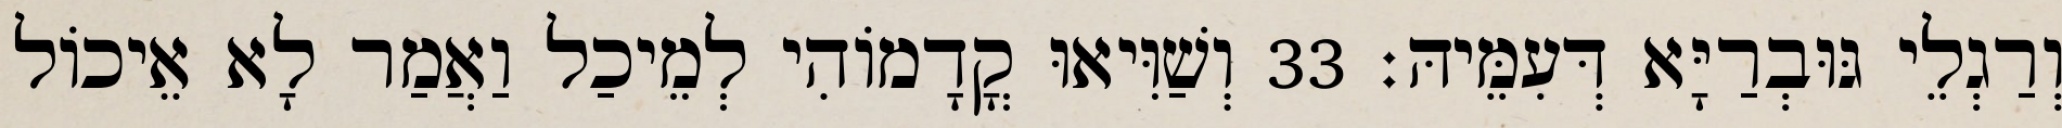
וְרַגְלֵי גּוּבְרַיָּא דְּעִמֵּיהּ׃ 33 וְשַׁוִּיאוּ קֳדָמוֹהִי לְמֵיכַל וַאֲמַר לָא אֵיכוֹל